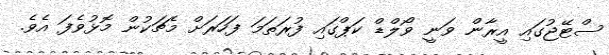
ސްޓޭޖުގައި އީރާން ވަނީ ވޯލްޑް ކަޕްގައި ފުރަތަމަ ފަހަރަށް މެޗަކުން މޮޅުވެފަ އެވެ.